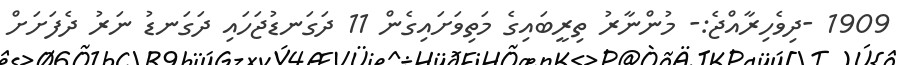
1909 -ދިވެހިރާއްޖެ:- މުންނާރު ތިރީބައިގެ މަތިވަށައިގެން 11 ދަގަނޑުޖަހައި ދަގަނޑު ނަރު ދެފަށަށް